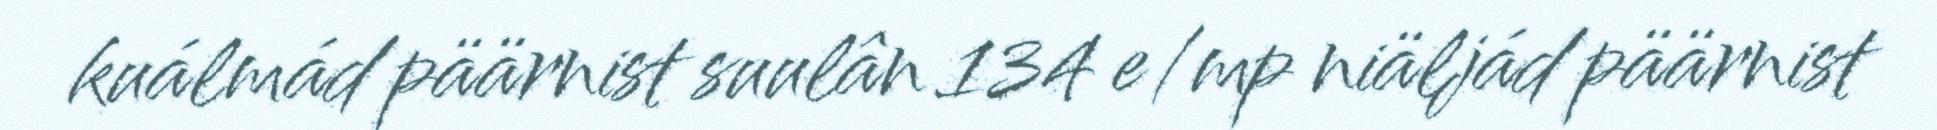
kuálmád päärnist suulân 134 e/mp niäljád päärnist